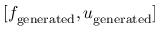
[ f _ { \mathrm { g e n e r a t e d } } , u _ { \mathrm { g e n e r a t e d } } ]